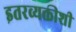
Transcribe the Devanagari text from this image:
इतरव्यक्तीशी